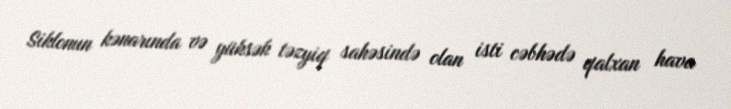
Siklonun kənarında və yüksək təzyiq sahəsində olan isti cəbhədə qalxan hava